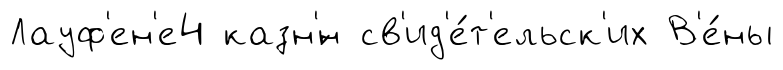
Лауф'ен'е4 казн'́н св'ид'е́т'ельск'их В'е́ны